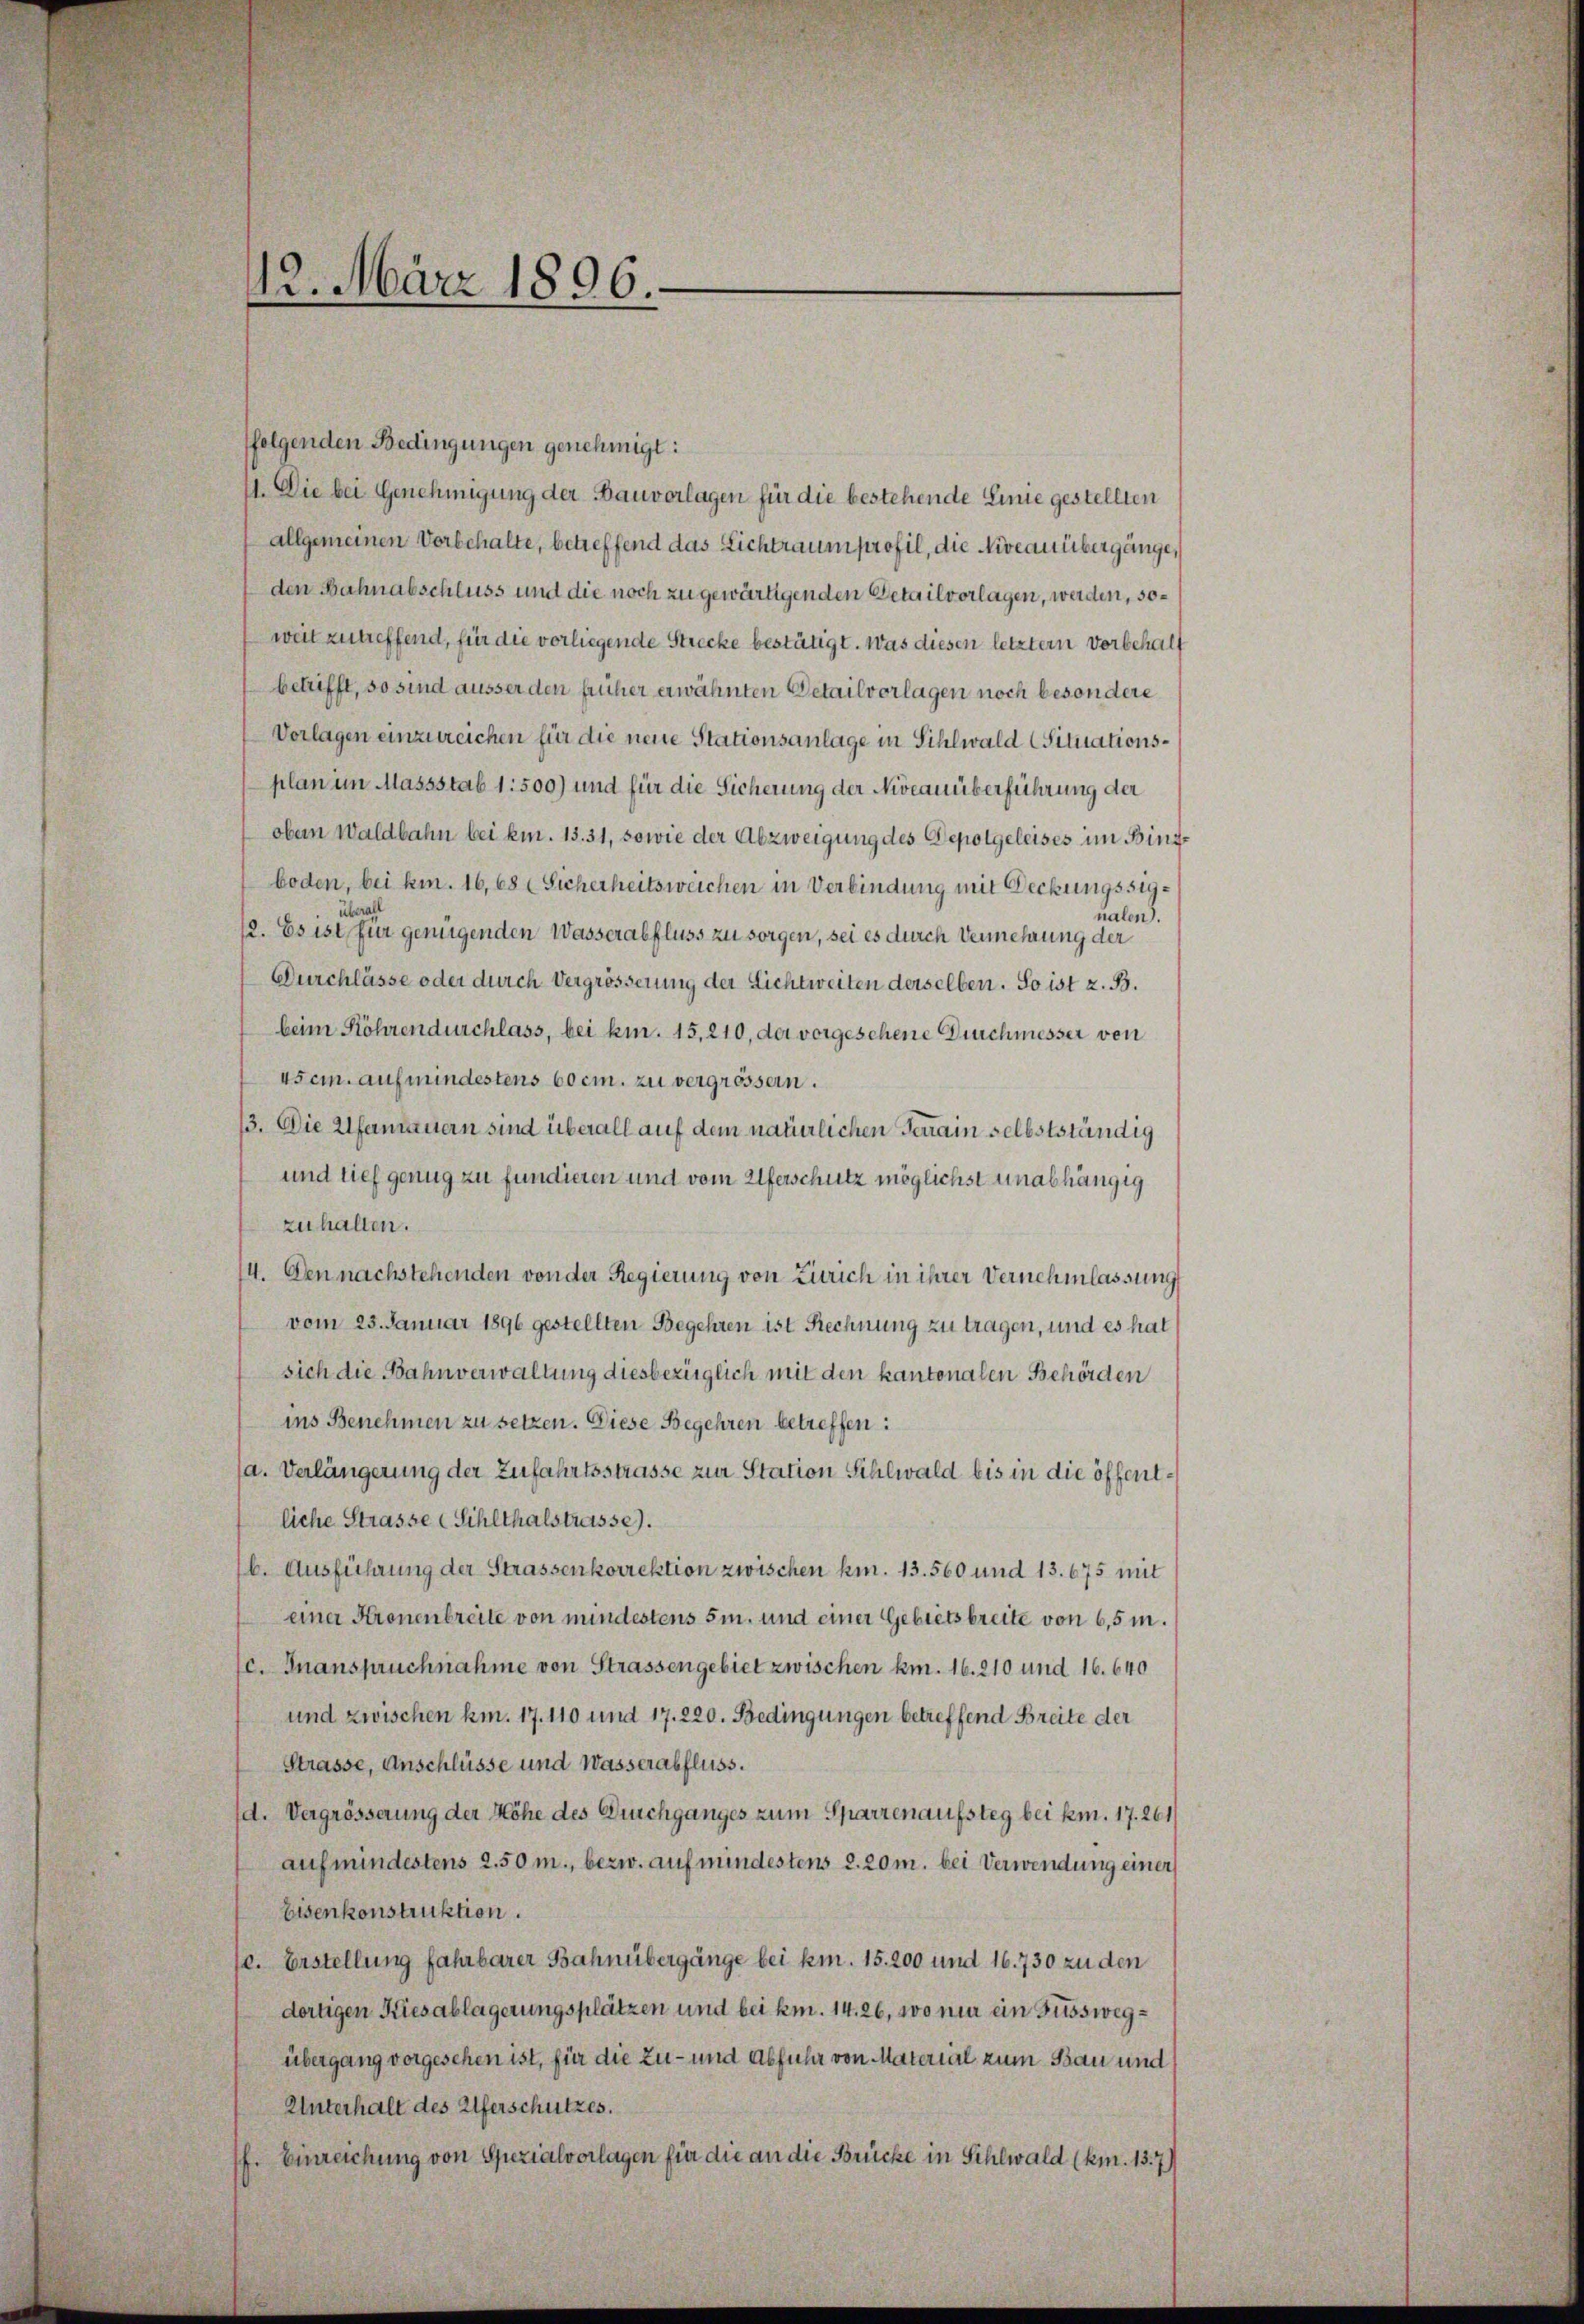
12. März 1896.

folgenden Bedingungen genehmigt:
1. Die bei Genehmigung der Bauverlagen für die bestehende Linie gestellten
allgemeinen Vorbehalte, betreffend das Lichtraum profil, die Niveau übergänge,
den Bahnabschluss und die noch zu gewärtigenden Detailvorlagen, werden, soweit zutreffend, für die vorliegende Strecke bestätigt. Was diesen letztem Vorbehalt
betrifft, so sind äusser den früher erwähnten Detailvorlagen noch besondere
Vorlagen einzureichen für die neue Stationsanlage in Sihlwald (Situationsplan im Massstab 1:500) und für die Sicherung der Niveauüberführung der
obem Waldbahn bei kn. 13. 31, sowie der Abzweigung des Depotgeleises im Bingboden, bei kn. 16,68 (Sicherheitsweichen in Verbindung mit Deckungssignalen).
12. Es ist für genügenden Wasserabfluss zu sorgen, sei es durch Vermehrung der
Durchlässe oder durch Vergrösserung der Lichtweiten derselben. So ist z. B.
beim Röhrendurchlass, bei kn. 15,210, der vorgesehene Durchmesser von
usein auf mindestens 60 cm. zu vergrössern.
3. Die Alfandauern sind überall auf dem natürlichen Terrain selbstständig
und tief genug zu fundieren und vom Uferschutz möglichst unabhängig
zuhalten.
4. Den nachstehenden von der Regierung von Zürich in ihrer Vernehmlassung
vom 23. Januar 1896 gestellten Begehren ist Rechnung zu tragen, und es hat
sich die Bahnverwaltung diesbezüglich mit den kantonalen Behörden
ins Benehmen zu setzen. Diese Begehren betreffen:
sa. Verlängerung der Zufahrtsstrasse zur Station Sihlwald bis in die öffentliche Strasse Sihlthalstrasse).
b. Ausführung der Strassenkorrektion zwischen hin. 13. 560 und 13. 675 mit
einer Kronenbreite von mindestens 5m. und einer Gebietsbreite von 6,5m.
c. Inanspruchnahme von Strassengebiet zwischen km. 16. 210 und 16. 640
und zwischen km. 17. 110 und 17. 220. Bedingungen betreffend Breite der
Strasse, Anschlüsse und Wasserabfluss.
d. Vergrösserung der Höhe des Bruchganges zum Sparrenaufsteg bei km. 17. 261/
auf mindestens 2.50 m., bezw. auf mindestens d. 20 m. bei Verwendung einer
Eisenkonstruktion.
se. Erstellung fahrbarer Bahnübergänge bei km. 15. 200 und 16. 730 zu den
dortigen Kiesablagerungsplätzen und bei kn. 14. 26, wo mir ein Fusswegübergang vorgesehen ist, für die Zu- und Abfuhr von Material zum Bau und
Unterhalt des Uferschutzes.
f. Einreichung von Spezialvorlagen für die an die Brücke in Sihlwald (km. 13. 7)